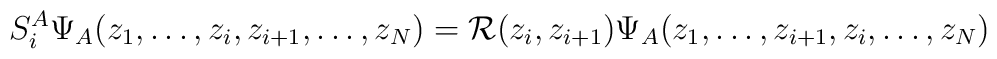
S^A_i \Psi_{A} (z_1,\dots,z_i,z_{i+1},\dots,z_N)={\cal R}(z_i, z_{i+1}) \Psi_{A} (z_1,\dots,z_{i+1},z_{i},\dots,z_N)